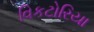
વિકટોરિયા